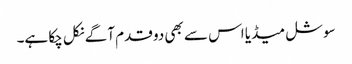
سوشل میڈیا اس سے بھی دو قدم آگے نکل چکا ہے۔